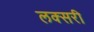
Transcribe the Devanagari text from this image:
लक्सरी